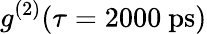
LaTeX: g^{(2)}(\tau=2000~\mathrm{ps)}